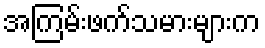
အကြမ်းဖက်သမားများက